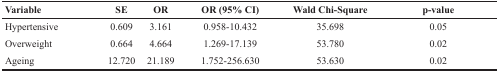
| Variable | SE | OR | OR (95% CI) | Wald Chi-Square | p-value |
 | --- | --- | --- | --- | --- | --- |
 | Hypertensive | 0.609 | 3.161 | 0.958-10.432 | 35.698 | 0.05 |
 | Overweight | 0.664 | 4.664 | 1.269-17.139 | 53.780 | 0.02 |
 | Ageing | 12.720 | 21.189 | 1.752-256.630 | 53.630 | 0.02 |